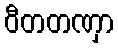
ဝီတတဏှာ